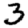
Digit: 3